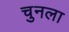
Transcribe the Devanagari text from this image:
चुनला